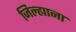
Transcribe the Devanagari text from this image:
जिल्ह्याना